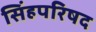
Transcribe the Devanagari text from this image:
सिंहपरिषद